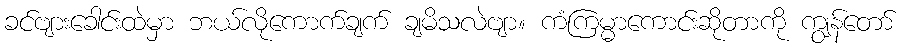
ခင်ဗျားခေါင်းထဲမှာ ဘယ်လိုကောက်ချက် ချမိသလဲဗျာ။ ကံကြမ္မာကောင်းဆိုတာကို ကျွန်တော်